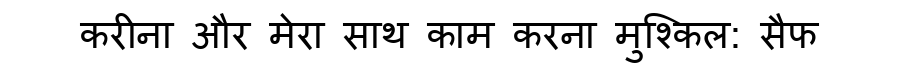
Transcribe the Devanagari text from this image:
करीना और मेरा साथ काम करना मुश्किल: सैफ